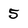
Character: 5